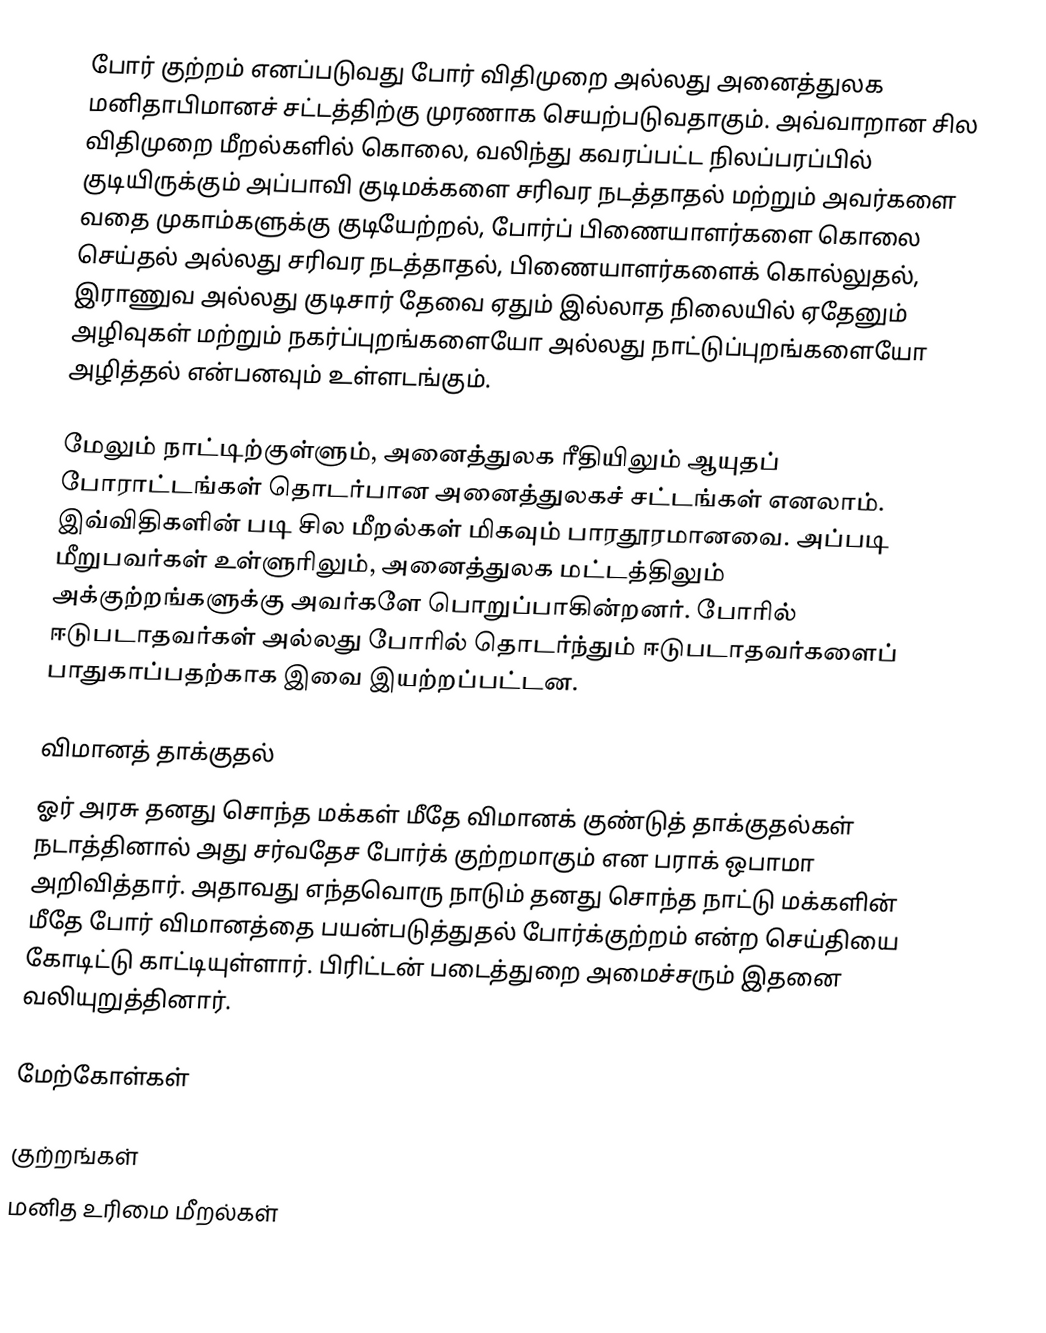
போர் குற்றம் எனப்படுவது போர் விதிமுறை அல்லது அனைத்துலக மனிதாபிமானச் சட்டத்திற்கு முரணாக செயற்படுவதாகும். அவ்வாறான சில விதிமுறை மீறல்களில் கொலை, வலிந்து கவரப்பட்ட நிலப்பரப்பில் குடியிருக்கும் அப்பாவி குடிமக்களை சரிவர நடத்தாதல் மற்றும் அவர்களை வதை முகாம்களுக்கு குடியேற்றல், போர்ப் பிணையாளர்களை கொலை செய்தல் அல்லது சரிவர நடத்தாதல், பிணையாளர்களைக் கொல்லுதல், இராணுவ அல்லது குடிசார் தேவை ஏதும் இல்லாத நிலையில் ஏதேனும் அழிவுகள் மற்றும் நகர்ப்புறங்களையோ அல்லது நாட்டுப்புறங்களையோ அழித்தல் என்பனவும் உள்ளடங்கும்.

மேலும் நாட்டிற்குள்ளும், அனைத்துலக ரீதியிலும் ஆயுதப் போராட்டங்கள் தொடர்பான அனைத்துலகச் சட்டங்கள் எனலாம். இவ்விதிகளின் படி சில மீறல்கள் மிகவும் பாரதூரமானவை. அப்படி மீறுபவர்கள் உள்ளுரிலும், அனைத்துலக மட்டத்திலும் அக்குற்றங்களுக்கு அவர்களே பொறுப்பாகின்றனர். போரில் ஈடுபடாதவர்கள் அல்லது போரில் தொடர்ந்தும் ஈடுபடாதவர்களைப் பாதுகாப்பதற்காக இவை இயற்றப்பட்டன.

விமானத் தாக்குதல்
ஓர் அரசு தனது சொந்த மக்கள் மீதே விமானக் குண்டுத் தாக்குதல்கள் நடாத்தினால் அது சர்வதேச போர்க் குற்றமாகும் என பராக் ஒபாமா அறிவித்தார். அதாவது எந்தவொரு நாடும் தனது சொந்த நாட்டு மக்களின் மீதே போர் விமானத்தை பயன்படுத்துதல் போர்க்குற்றம் என்ற செய்தியை கோடிட்டு காட்டியுள்ளார். பிரிட்டன் படைத்துறை அமைச்சரும் இதனை வலியுறுத்தினார்.

மேற்கோள்கள்

குற்றங்கள்
மனித உரிமை மீறல்கள்